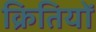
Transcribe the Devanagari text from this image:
क्रितियों